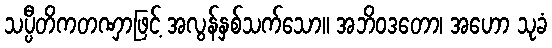
သပ္ပီတိကတဏှာဖြင့် အလွန်နှစ်သက်သော။ အဘိဝဒတော၊ အဟော သုခံ